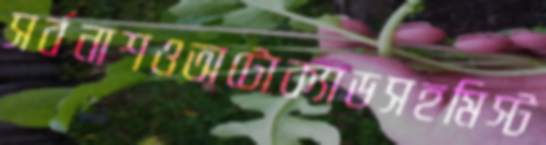
সর্বনাশওঅটোক্যাডসহমিস্ট